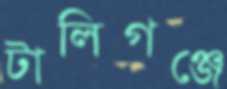
টালিগঞ্জে